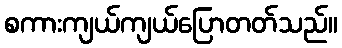
စကားကျယ်ကျယ်ပြောတတ်သည်။